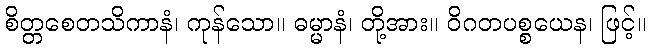
စိတ္တစေတသိကာနံ၊ ကုန်သော။ ဓမ္မာနံ၊ တို့အား။ ဝိဂတပစ္စယေန၊ ဖြင့်။